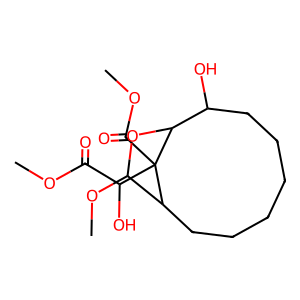
SMILES: COC(=O)C(O)C1(C(=O)OC)C2CCCCCCC(O)C1OC2OC
Inhibits HIV replication: No